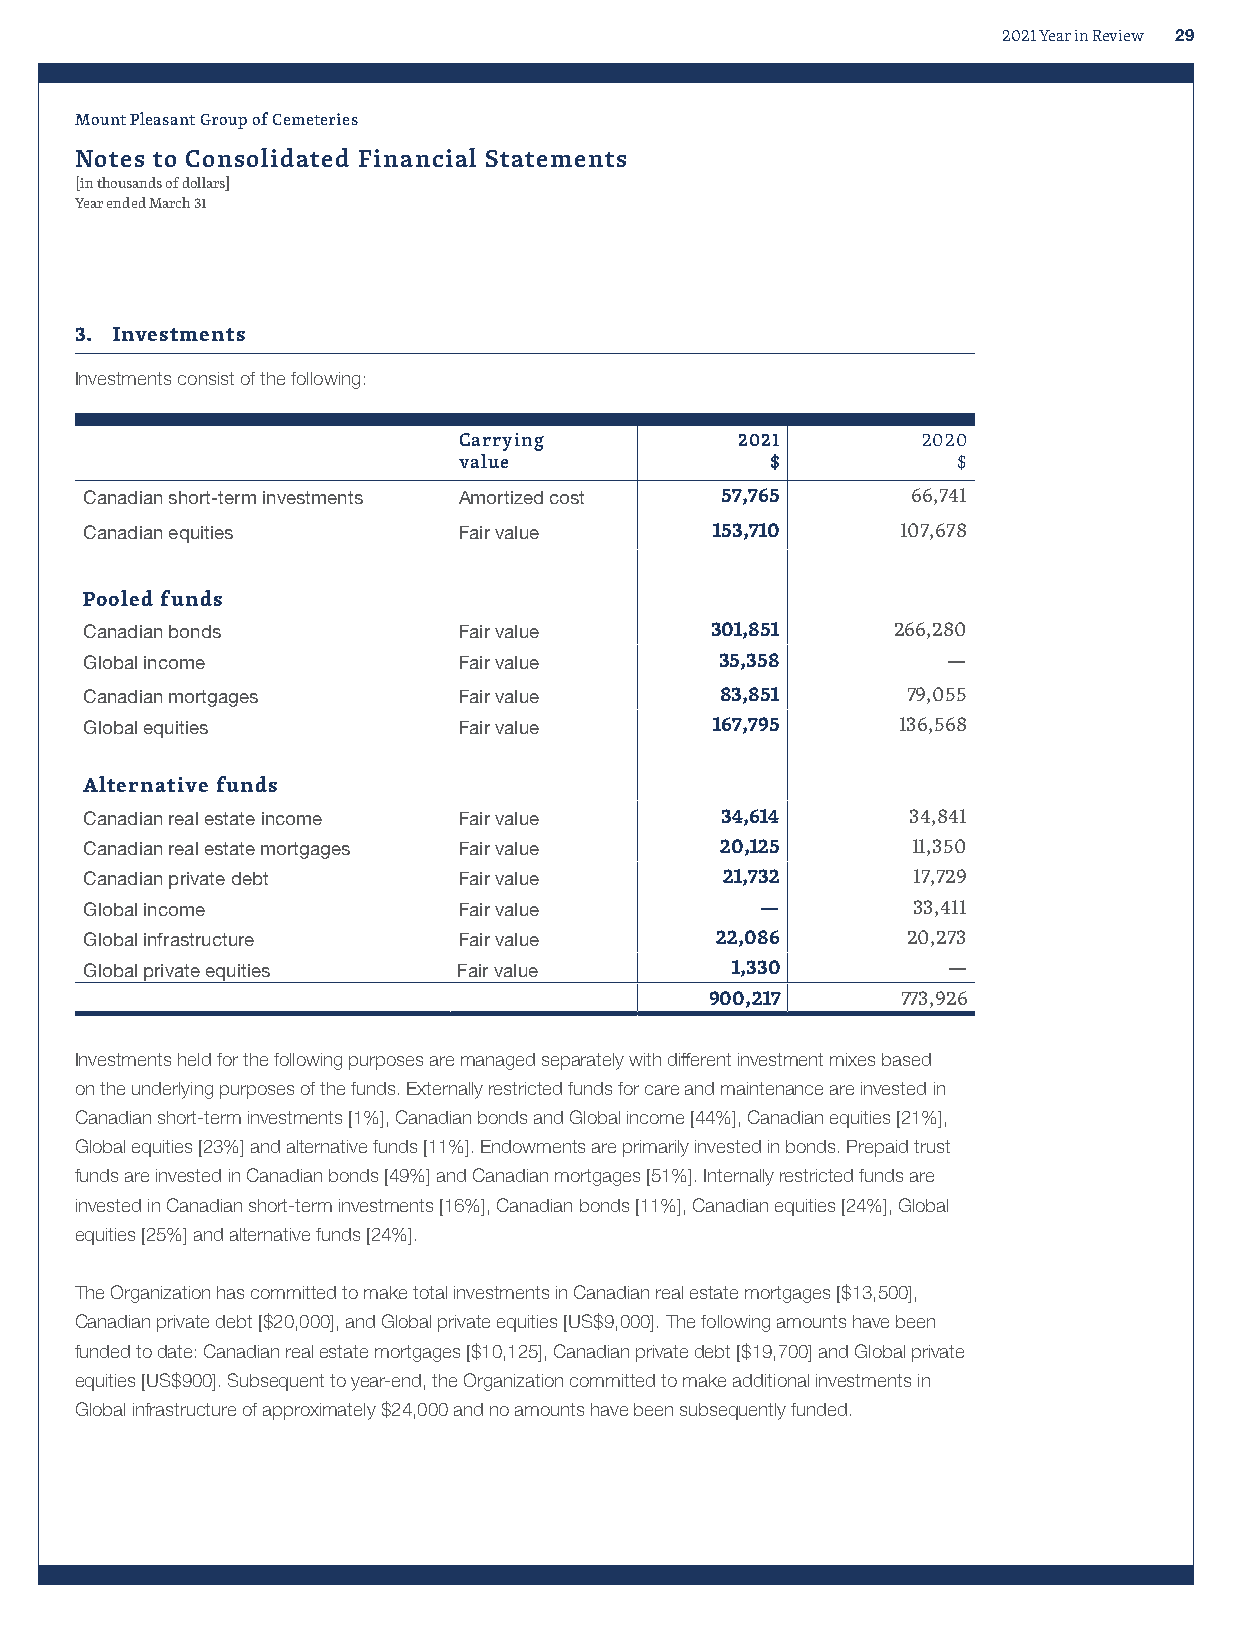
2021 Year in Review 29
 Mount Pleasant Group of Cemeteries
 Notes to Consolidated Financial Statements
 [in thousands of dollars]
 Year ended March 31
 3. Investments
 Investments consist of the following:
 Carrying           2021        2020
 value                $           $
 Canadian short-term investments Amortized cost 57,765 66,741
 Canadian equities       Fair value       153,710      107,678
 Pooled funds
 Canadian bonds          Fair value       301,851     266,280
 Global income           Fair value        35,358         —
 Canadian mortgages      Fair value        83,851      79,055
 Global equities         Fair value       167,795     136,568
 Alternative funds
 Canadian real estate income Fair value    34,614      34,841
 Canadian real estate mortgages Fair value 20,125      11,350
 Canadian private debt   Fair value        21,732      17,729
 Global income           Fair value          —         33,411
 Global infrastructure   Fair value       22,086       20,273
 Global private equities Fair value        1,330          —
 900,217      773,926
 Investments held for the following purposes are managed separately with different investment mixes based
 on the underlying purposes of the funds. Externally restricted funds for care and maintenance are invested in
 Canadian short-term investments [1%], Canadian bonds and Global income [44%], Canadian equities [21%],
 Global equities [23%] and alternative funds [11%]. Endowments are primarily invested in bonds. Prepaid trust
 funds are invested in Canadian bonds [49%] and Canadian mortgages [51%]. Internally restricted funds are
 invested in Canadian short-term investments [16%], Canadian bonds [11%], Canadian equities [24%], Global
 equities [25%] and alternative funds [24%].
 The Organization has committed to make total investments in Canadian real estate mortgages [$13,500],
 Canadian private debt [$20,000], and Global private equities [US$9,000]. The following amounts have been
 funded to date: Canadian real estate mortgages [$10,125], Canadian private debt [$19,700] and Global private
 equities [US$900]. Subsequent to year-end, the Organization committed to make additional investments in
 Global infrastructure of approximately $24,000 and no amounts have been subsequently funded.